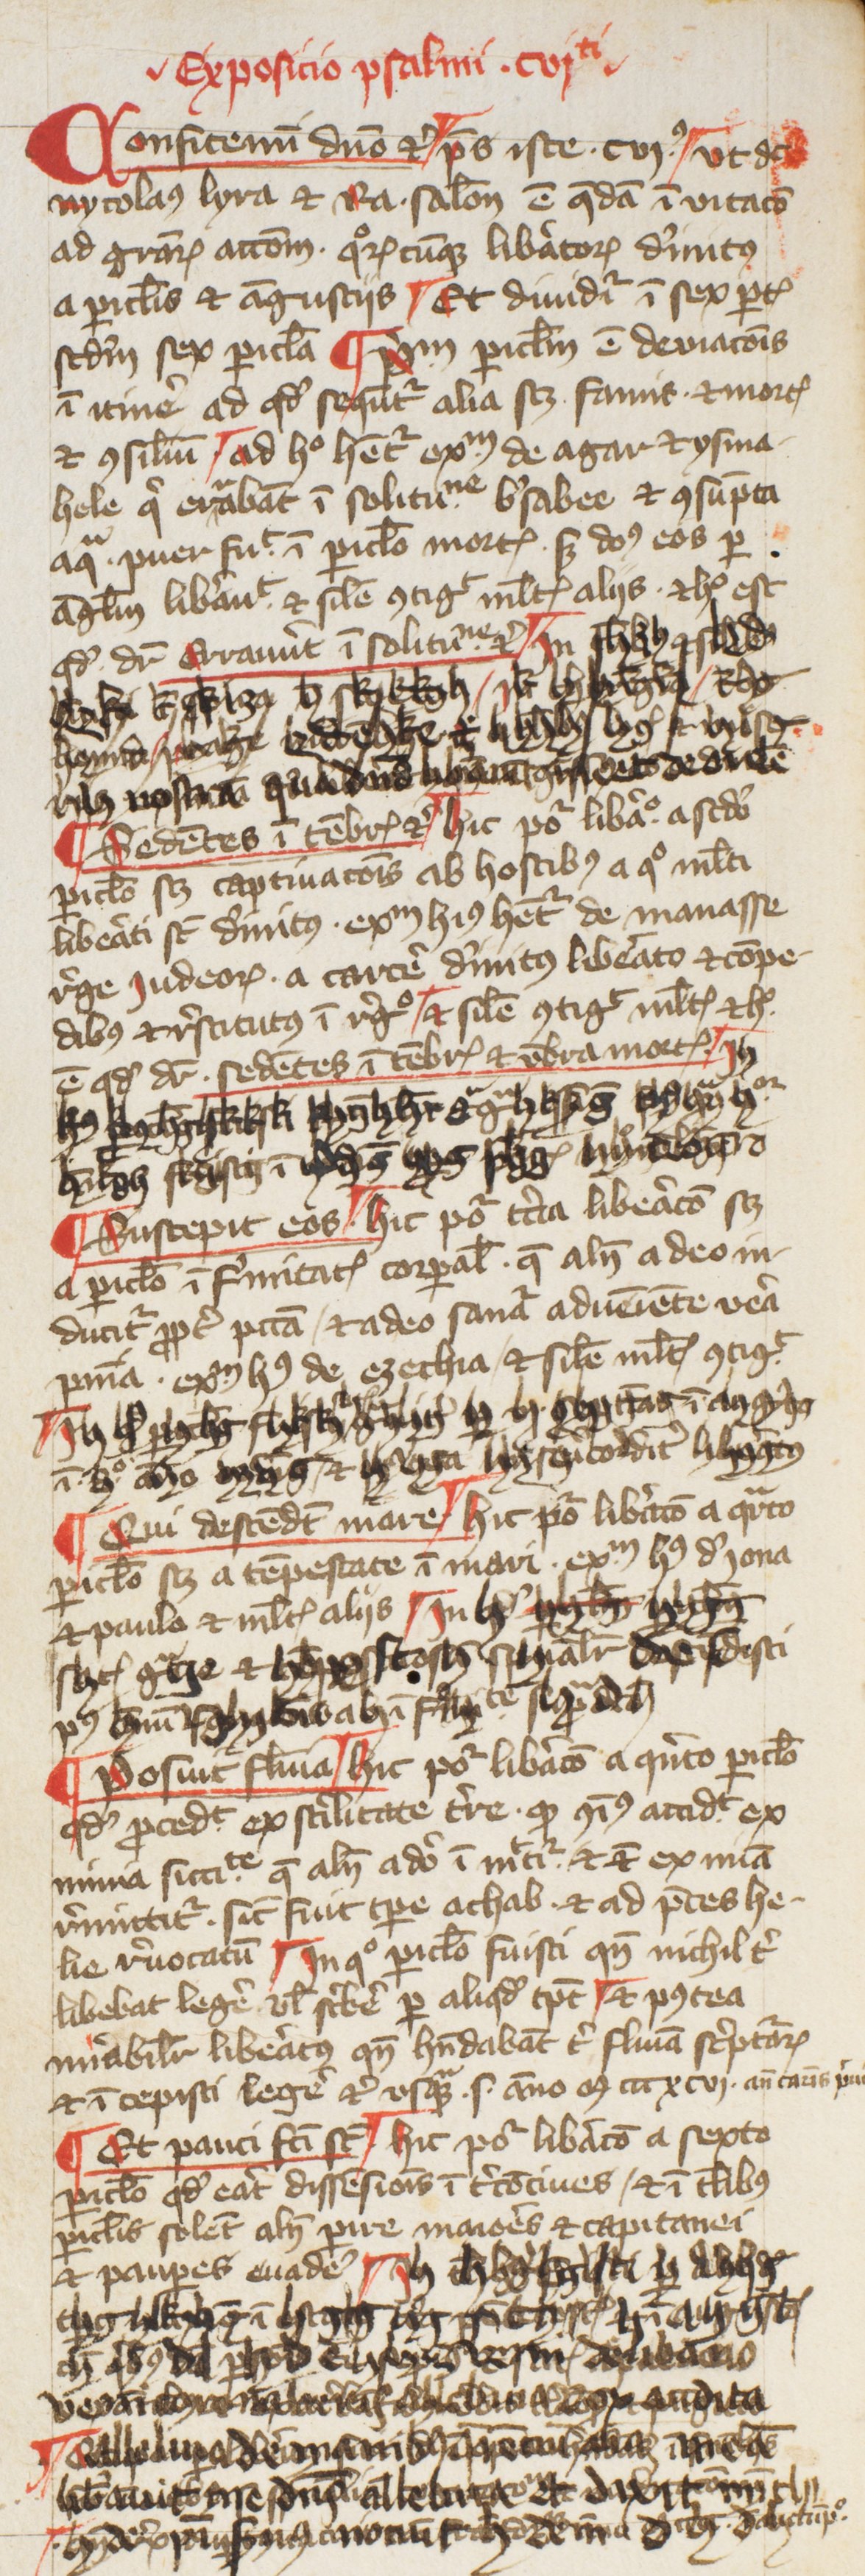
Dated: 1400–1424